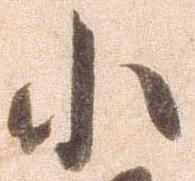
小